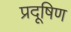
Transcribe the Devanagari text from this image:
प्रदूषिण